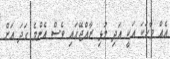
އެއް ވާހަކަ އަކީ އަދި މުޅި ރާއްޖޭގައި ވެސް އެންމެ ގަދަ އަށް